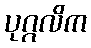
ပုဂ္ဂလိက